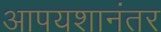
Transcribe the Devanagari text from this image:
आपयशानंतर